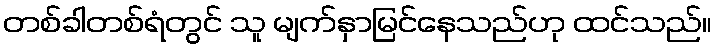
တစ်ခါတစ်ရံတွင် သူ မျက်နှာမြင်နေသည်ဟု ထင်သည်။